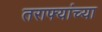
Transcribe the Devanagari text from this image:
तराफ्यांच्या